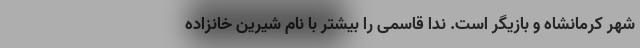
شهر کرمانشاه و بازیگر است. ندا قاسمی را بیشتر با نام شیرین خانزاده